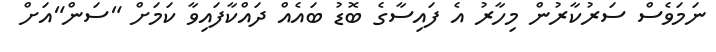
ނަމަވެސް ސަރުކާރުން މިހާރު އެ ފައިސާގެ ބޮޑު ބައެއް ދައްކާފައިވާ ކަމަށް "ސަން"އަށް